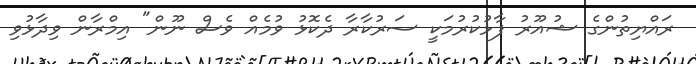
ރައްޔިތުންގެ ޝުއޫރު ފާޅުކުރުމަކީ ސަރުކާރާ ދެކޮޅު ވުމެއް ވެސް ނޫން" އިމްރާން ވިދާޅުވި